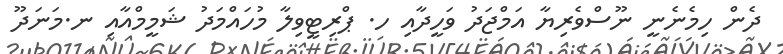
ދެން ހިމެނެނީ ނޫސްވެރިޔާ އަމްޖަދު ވަހީދާއި ހ. ޕްރިޓީވިލާ މުހައްމަދު ޝަމީމްއާއި ނ.މަނަދޫ